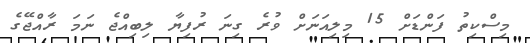
މިސްކިތު ފަންޑަށް 15 މިލިއަނަށް ވުރެ ގިނަ ރުފިޔާ ލިބިއްޖެ ނަމަ ރާއްޖޭގެ